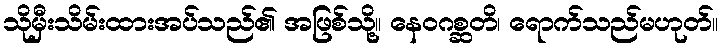
သိုမှီးသိမ်းထားအပ်သည်၏ အဖြစ်သို့။ နေဝဂစ္ဆတိ၊ ရောက်သည်မဟုတ်။